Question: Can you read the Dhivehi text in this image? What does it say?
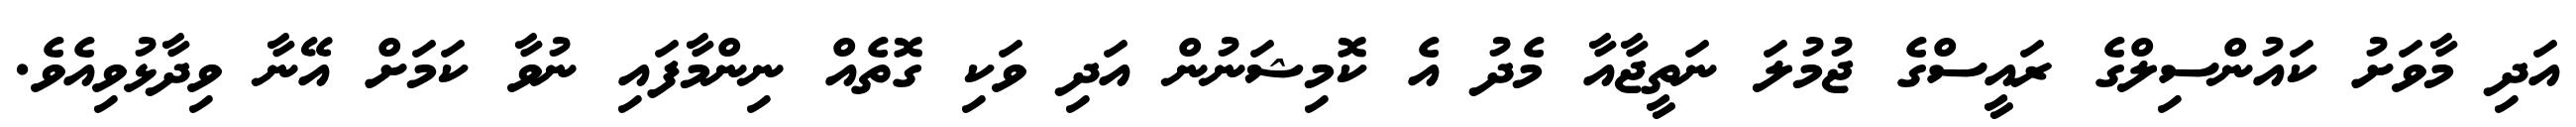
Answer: އަދި މާވަށު ކައުންސިލްގެ ރައީސްގެ ޖުމުލަ ނަތީޖާއާ މެދު އެ ކޮމިޝަނުން އަދި ވަކި ގޮތެއް ނިންމާފައި ނުވާ ކަމަށް އޭނާ ވިދާޅުވިއެވެ.